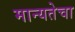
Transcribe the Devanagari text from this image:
मान्यतेचा